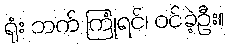
ရုံး ဘက် ကြုံရင်၊ ဝင်ခဲ့ဦး။